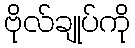
ဗိုလ်ချုပ်ကို